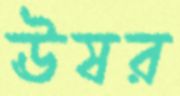
ঊষর